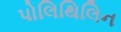
પોલિથિલિન